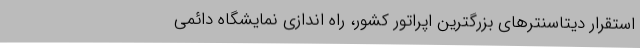
استقرار دیتاسنترهای بزرگترین اپراتور کشور، راه اندازی نمایشگاه دائمی